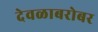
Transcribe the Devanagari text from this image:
देवळाबरोबर